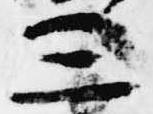
三